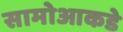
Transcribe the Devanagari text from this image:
सामोआकडे